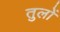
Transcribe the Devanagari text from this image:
तुलों